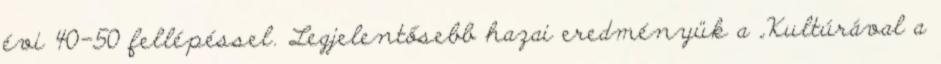
évi 40-50 fellépéssel. Legjelentősebb hazai eredményük a „Kultúrával a